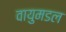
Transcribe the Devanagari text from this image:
वायुमडल